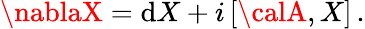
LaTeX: \nablaX=\mathrm{d}X+i\left[{\calA},X\right]\, .